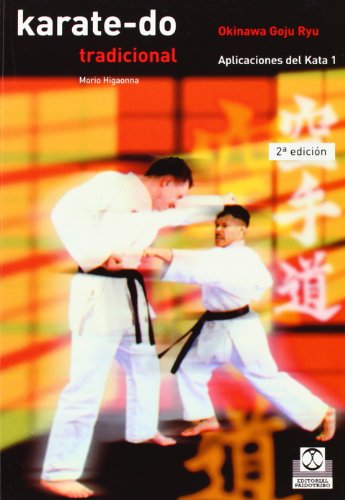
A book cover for Karate-Do Tradicional III - Aplic. del Kata (Spanish Edition); Morio Higaonna; Sports & Outdoors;